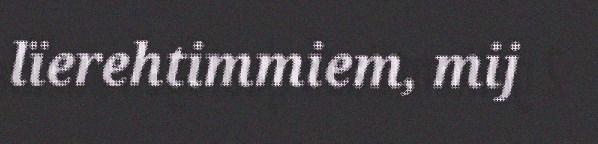
lïerehtimmiem, mij